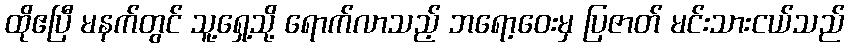
ထိုဧပြီ မနက်တွင် သူ့ရှေ့သို့ ရောက်လာသည့် ဘရော့ဝေးမှ ပြဇာတ် မင်းသားငယ်သည်